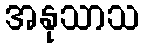
အနုသာသ